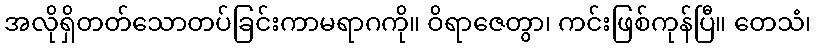
အလိုရှိတတ်သောတပ်ခြင်းကာမရာဂကို။ ဝိရာဇေတွာ၊ ကင်းဖြစ်ကုန်ပြီ။ တေသံ၊